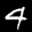
Label: 4